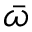
\bar { \omega }